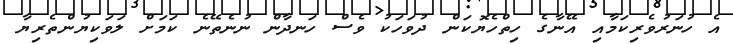
އެ ހުނަރުވެރިކަމާއި އޭނާގެ ހިތްހެޔޮކަން ދުވަހަކު ވެސް ހަނދާން ނުނެތޭނެ ކަމަށް ލަވަކިޔުންތެރިޔާ